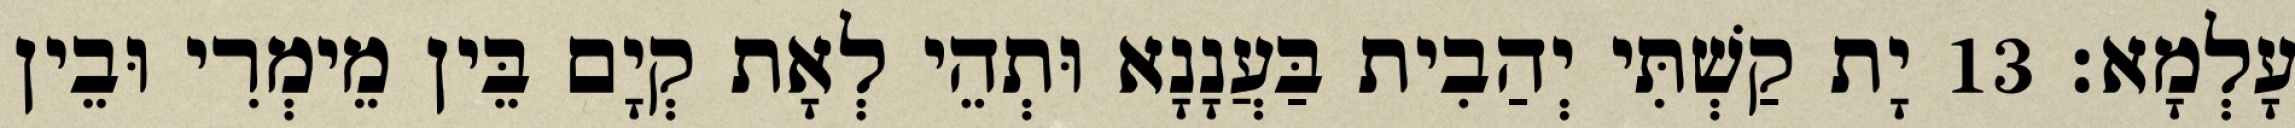
עָלְמָא׃ 13 יָת קַשְׁתִּי יְהַבִית בַּעֲנָנָא וּתְהֵי לְאָת קְיָם בֵּין מֵימְרִי וּבֵין